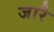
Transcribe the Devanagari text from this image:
जारै